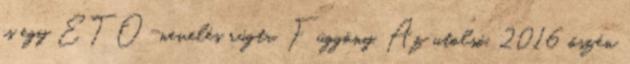
is egy ETO-nevelés rúgta. Függöny. Az utolsó, 2016 őszén